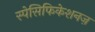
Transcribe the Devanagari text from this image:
स्पेसिफिकेशनज़